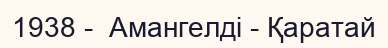
1938 -  Амангелді - Қаратай